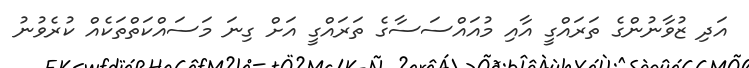
އަދި ޒުވާނުންގެ ތަރައްގީ އާއި މުއައްސަސާގެ ތަރައްގީ އަށް ގިނަ މަސައްކަތްތަކެއް ކުރެވުނު